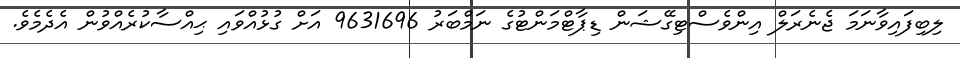
ލިބިފައިވާނަމަ ޖެނެރަލް އިންވެސްޓިގޭޝަން ޑިޕާޓްމަންޓުގެ ނަމްބަރު 9631696 އަށް ގުޅުއްވައި ޙިއްސާކުރެއްވުން އެދެމެވެ.